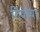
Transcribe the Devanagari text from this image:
टिपेच्या